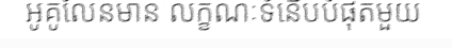
អូគូលែនមាន លក្ខណៈទំនើបបំផុតមួយ